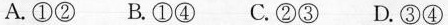
A.①② B.①④ C.②③ D.③④